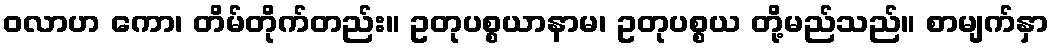
ဝလာဟ ကော၊ တိမ်တိုက်တည်း။ ဥတုပစ္စယာနာမ၊ ဥတုပစ္စယ တို့မည်သည်။ စာမျက်နှာ